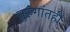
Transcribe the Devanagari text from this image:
तुरुंगांतही